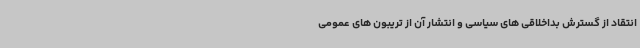
انتقاد از گسترش بداخلاقی های سیاسی و انتشار آن از تریبون های عمومی